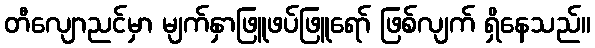
တီလျောညင်မှာ မျက်နှာဖြူဖပ်ဖြူရော် ဖြစ်လျက် ရှိနေသည်။